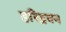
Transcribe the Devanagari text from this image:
हरिद्रवन